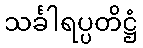
သင်္ခါရပ္ပတိဋ္ဌံ